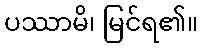
ပဿာမိ၊ မြင်ရ၏။